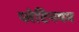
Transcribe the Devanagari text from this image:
प्लेटिनयम